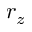
r _ { z }